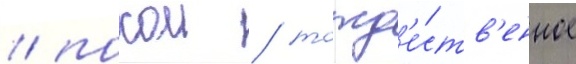
/ покои / тожд'е́ств'енное